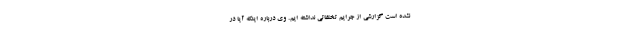
نشده است گزارشی از جرایم تخلفاتی نداشته ایم. وی درباره اینکه آیا در